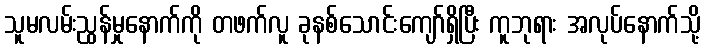
သူမလမ်းညွန်မှုနောက်ကို တဖက်လူ ခုနစ်သောင်းကျော်ရှိပြီး ကူဘုရား အလုပ်နောက်သို့